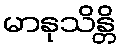
မာနုသိန္တိ